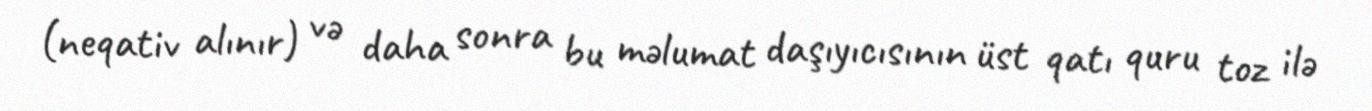
(neqativ alınır) və daha sonra bu məlumat daşıyıcısının üst qatı quru toz ilə